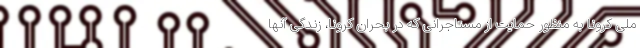
ملی کرونا به منظور حمایت از مستاجرانی که در بحران کرونا، زندگی آنها